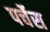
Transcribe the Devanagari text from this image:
पर्चेस